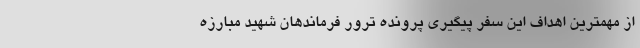
از مهمترین اهداف این سفر پیگیری پرونده ترور فرماندهان شهید مبارزه